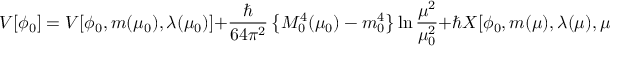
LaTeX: { \cal V } [ \phi _ { 0 } ] = V [ \phi _ { 0 } , m ( \mu _ { 0 } ) , \lambda ( \mu _ { 0 } ) ] + { \frac { \hbar } { 6 4 \pi ^ { 2 } } } \left\{ { \cal M } _ { 0 } ^ { 4 } ( \mu _ { 0 } ) - m _ { 0 } ^ { 4 } \right\} \ln { \frac { \mu ^ { 2 } } { \mu _ { 0 } ^ { 2 } } } + \hbar X [ \phi _ { 0 } , m ( \mu ) , \lambda ( \mu ) , \mu ] + O ( \hbar ^ { 2 } ) .